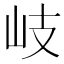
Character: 岐